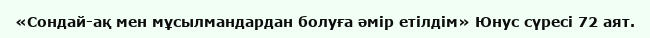
«Сондай-ақ мен мұсылмандардан болуға әмір етілдім» Юнус сүресі 72 аят.